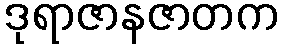
ဒုရာဇာနဇာတက